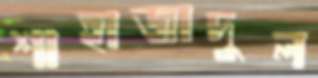
শাহাজাদুল